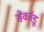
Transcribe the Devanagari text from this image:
सेर्काडू